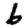
Digit: 6